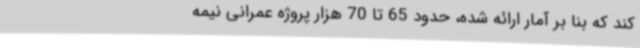
کند که بنا بر آمار ارائه شده، حدود 65 تا 70 هزار پروژه عمرانی نیمه